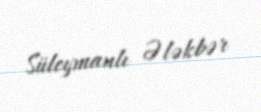
Süleymanlı Ələkbər